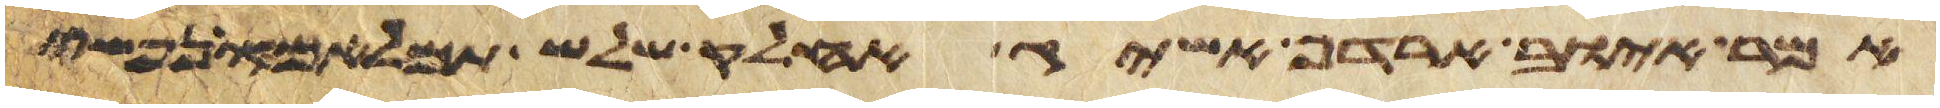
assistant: אמר אויב ארדף אשיג אחלק שלל תמלאמו נפשי